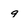
Character: 9